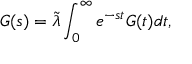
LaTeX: G ( s ) = \tilde { \lambda } \int _ { 0 } ^ { \infty } e ^ { - s t } G ( t ) d t ,